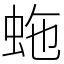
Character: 𧉮